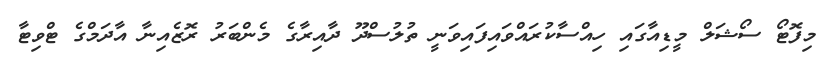
މިފޮޓޯ ސޯޝަލް މީޑިއާގައި ހިއްސާކުރައްވައިފައިވަނީ ތުލުސްދޫ ދާއިރާގެ މެންބަރު ރޮޒެއިނާ އާދަމްގެ ޓްވިޓާ